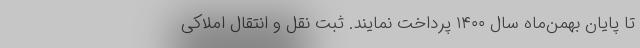
تا پایان بهمن‌ماه سال ۱۴۰۰ پرداخت نمایند. ثبت نقل و انتقال املاکی